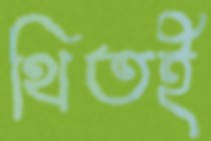
থিতই